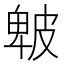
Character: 𤿾